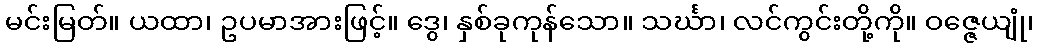
မင်းမြတ်။ ယထာ၊ ဥပမာအားဖြင့်။ ဒွေ၊ နှစ်ခုကုန်သော။ သင်္ဃာ၊ လင်ကွင်းတို့ကို။ ဝဇ္ဇေယျုံ၊